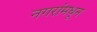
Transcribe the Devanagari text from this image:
नगरांमधून